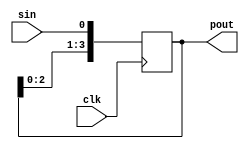
`timescale 1ns / 1ps
//////////////////////////////////////////////////////////////////////////////////
// Company: 
// Engineer: 
// 
// Design Name: 
// Module Name:    SIPO 
// Project Name: 
// Target Devices: 
// Tool versions: 
// Description: 
//
// Dependencies: 
//
// Revision: 
// Revision 0.01 - File Created
// Additional Comments: 
//
//////////////////////////////////////////////////////////////////////////////////
module SIPO(sin, pout, clk);
	input sin,clk;
	output reg [3:0]pout;
	
	always @(posedge clk)
	begin 
	pout[0] <= sin;
	pout[1] <= pout[0];
	pout[2] <= pout[1];
	pout[3] <= pout[2];
	end
endmodule